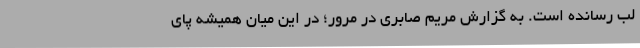
لب رسانده است. به گزارش مریم صابری در مرور؛ در این میان همیشه پای